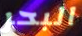
البحر